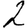
Digit: 2